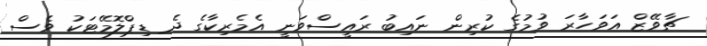
ޗާވޭޒް އަވަހާރަ ވުމުގެ ކުރިން ނައިބު ރައީސްވަނީ އެމެރިކާގެ ދެ ޑިޕްލޮމޭޓަކު ވެސް